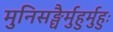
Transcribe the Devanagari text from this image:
मुनिसङ्घैर्मुहुर्मुहुः